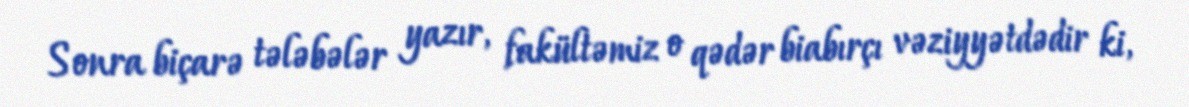
Sonra biçarə tələbələr yazır, fakültəmiz o qədər biabırçı vəziyyətdədir ki,